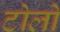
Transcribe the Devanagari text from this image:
टोलो